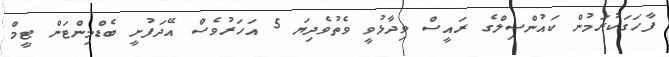
ފާހަގަކުރަމުން ކައުންސިލްގެ ރައީސް ވިދާޅުވީ ވެތުވެދިޔަ 5 އަހަރުވެސް އޭދަފުށީ ބެޑްމިންޓަން ޓީމް